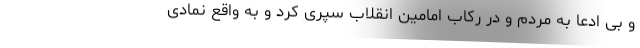
و بی ادعا به مردم و در رکاب امامین انقلاب سپری کرد و به واقع نمادی